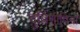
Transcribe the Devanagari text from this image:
दुर्बिणीविना